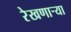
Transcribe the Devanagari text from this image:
रेखणाऱ्या